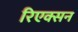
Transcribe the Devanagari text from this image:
रिएक्सन